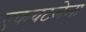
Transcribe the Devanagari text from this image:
एकवटलेला